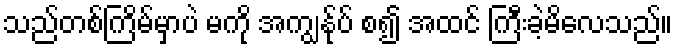
သည်တစ်ကြိမ်မှာပဲ မကို အကျွန်ုပ် စ၍ အထင် ကြီးခဲ့မိလေသည်။